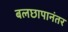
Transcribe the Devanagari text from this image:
बलछापानंतर